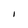
Character: I